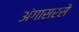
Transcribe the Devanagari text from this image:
अंगासरसे